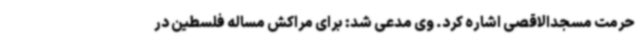
حرمت مسجدالاقصی اشاره کرد. وی مدعی شد: برای مراکش مساله فلسطین در